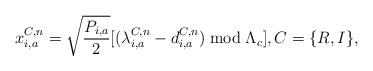
\begin{align*}x_{i,a}^{C,n} = {\sqrt{\frac{P_{i,a}}{2}}}[(\lambda_{i,a}^{C,n}-d_{i,a}^{C,n})\bmod\Lambda_{c} ], C=\{R,I\},\end{align*}